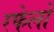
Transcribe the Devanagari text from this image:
रफेलो